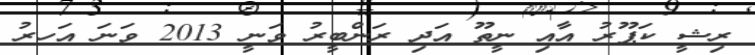
ރިޝީ ކަޕޫރު އާއި ނީތޫ އަދި ރަންބީރު ވަނީ 2013 ވަނަ އަހރު